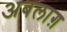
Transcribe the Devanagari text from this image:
अबलाग़